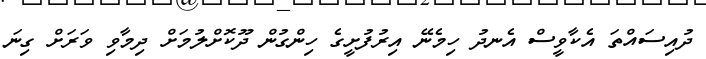
ދުއިސައްތަ އެކާވީސް އެނދު ހިމެނޭ އިރުފުށީގެ ހިންގުން ދޫކޮށްލުމަށް ދިމާވި ވަރަށް ގިނަ